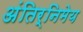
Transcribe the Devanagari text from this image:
अंतिर्निमेय